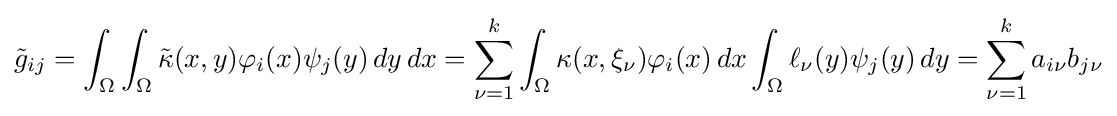
{\tilde {g}}_{ij}=\int _{\Omega }\int _{\Omega }{\tilde {\kappa }}(x,y)\varphi _{i}(x)\psi _{j}(y)\,dy\,dx=\sum _{\nu =1}^{k}\int _{\Omega }\kappa (x,\xi _{\nu })\varphi _{i}(x)\,dx\int _{\Omega }\ell _{\nu }(y)\psi _{j}(y)\,dy=\sum _{\nu =1}^{k}a_{i\nu }b_{j\nu }